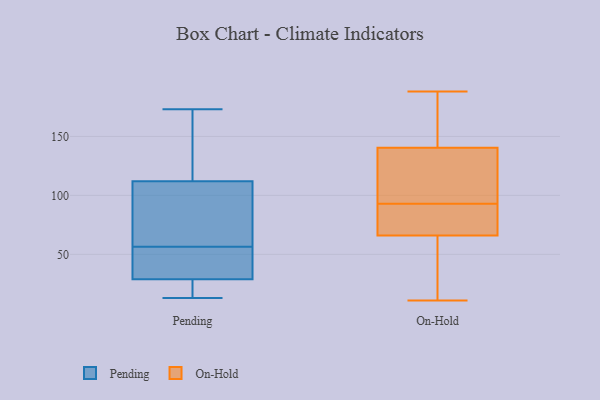
{"axis": {"x": "Website Visitors", "y": "Value"}, "legend": ["On-Hold", "Pending"], "data": [{"x": "", "y": 25, "type": "Pending"}, {"x": "", "y": 137, "type": "Pending"}, {"x": "", "y": 86, "type": "Pending"}, {"x": "", "y": 34, "type": "Pending"}, {"x": "", "y": 13, "type": "Pending"}, {"x": "", "y": 63, "type": "Pending"}, {"x": "", "y": 14, "type": "Pending"}, {"x": "", "y": 33, "type": "Pending"}, {"x": "", "y": 173, "type": "Pending"}, {"x": "", "y": 50, "type": "Pending"}, {"x": "", "y": 87, "type": "Pending"}, {"x": "", "y": 140, "type": "Pending"}, {"x": "", "y": 50, "type": "On-Hold"}, {"x": "", "y": 60, "type": "On-Hold"}, {"x": "", "y": 188, "type": "On-Hold"}, {"x": "", "y": 84, "type": "On-Hold"}, {"x": "", "y": 134, "type": "On-Hold"}, {"x": "", "y": 137, "type": "On-Hold"}, {"x": "", "y": 182, "type": "On-Hold"}, {"x": "", "y": 178, "type": "On-Hold"}, {"x": "", "y": 121, "type": "On-Hold"}, {"x": "", "y": 102, "type": "On-Hold"}, {"x": "", "y": 77, "type": "On-Hold"}, {"x": "", "y": 153, "type": "On-Hold"}, {"x": "", "y": 80, "type": "On-Hold"}, {"x": "", "y": 11, "type": "On-Hold"}, {"x": "", "y": 66, "type": "On-Hold"}, {"x": "", "y": 76, "type": "On-Hold"}, {"x": "", "y": 66, "type": "On-Hold"}, {"x": "", "y": 144, "type": "On-Hold"}, {"x": "", "y": 48, "type": "On-Hold"}, {"x": "", "y": 109, "type": "On-Hold"}]}